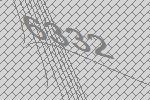
6332